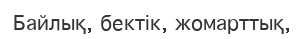
Байлық, бектік, жомарттық,